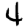
Digit: 4